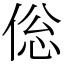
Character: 倊